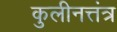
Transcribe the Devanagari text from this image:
कुलीनत्तंत्र